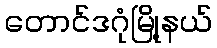
တောင်ဒဂုံမြို့နယ်